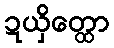
ဍယှိတ္ထော